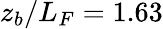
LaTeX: z_{b}/L_{F}=1.63